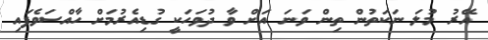
އޭރު މުލަ ނަކަތުން ތިން ވަނަ އަށް ވާ ދުވަހަކީ ގުޑިއެރުމަށް ހާއްސަވެފައި